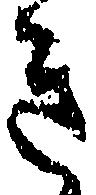
き